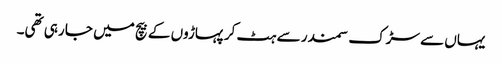
یہاں سے سڑک سمندر سے ہٹ کر پہاڑوں کے بیچ میں جا رہی تھی۔